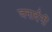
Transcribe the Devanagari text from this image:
जनार्दनीं